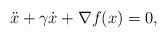
\begin{align*}\ddot x + \gamma\dot x + \nabla f(x) = 0,\end{align*}